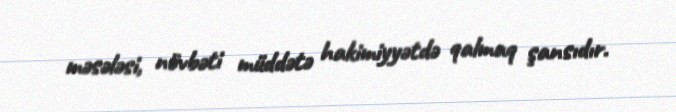
məsələsi, növbəti müddətə hakimiyyətdə qalmaq şansıdır.